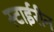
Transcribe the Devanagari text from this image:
स्टाईरीन